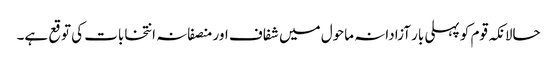
حالانکہ قوم کو پہلی بار آزادانہ ماحول میں شفاف اور منصفانہ انتخابات کی توقع ہے۔